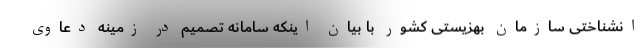
انشناختی سازمان بهزیستی کشور با بیان اینکه سامانه تصمیم در زمینه دعاوی